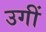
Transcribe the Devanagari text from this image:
उगीं